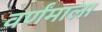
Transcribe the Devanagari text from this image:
वर्णंमाला